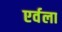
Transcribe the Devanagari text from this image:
एर्वला